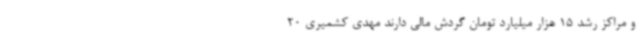
و مراکز رشد 15 هزار میلیارد تومان گردش مالی دارند مهدی کشمیری 20